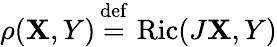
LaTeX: \rho(\mathbf{X},Y)\, {\stackrel{\mathrm{{def}}}{=}}\, \operatorname{Ric}(J\mathbf{X},Y)